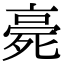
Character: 𣨻